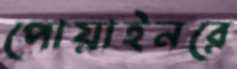
পোয়াইনরে